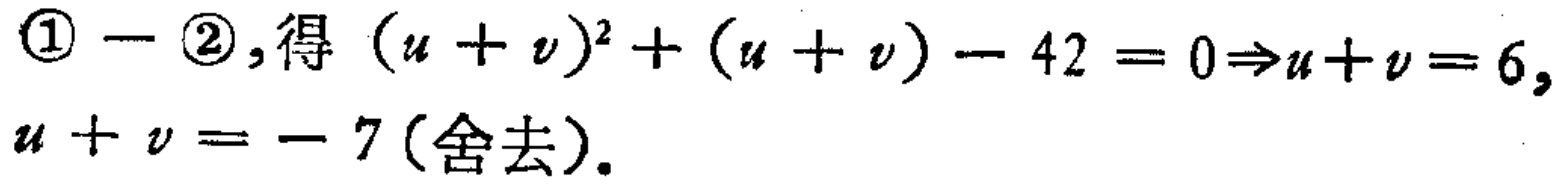
$\textcircled{1}-\textcircled{2}, 得\ (u + v)^{2}+(u + v)-42 = 0\Rightarrow u + v = 6,\\u + v = - 7(舍去).$